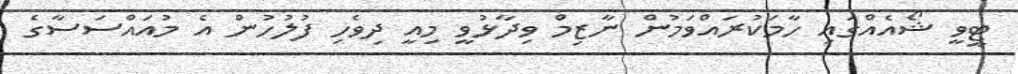
ޓީވީ ޝޯއެއްގައި ހާމަކުރައްވަމުން ނާޒިމް ވިދާޅުވީ މިއީ ދިވެހި ފުލުހުން އެ މުއައްސަސާގެ